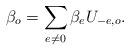
LaTeX: \begin{align*}\beta_{o}=\sum_{e\neq0}\beta_{e}U_{-e,o}. \end{align*}